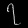
Digit: ၇